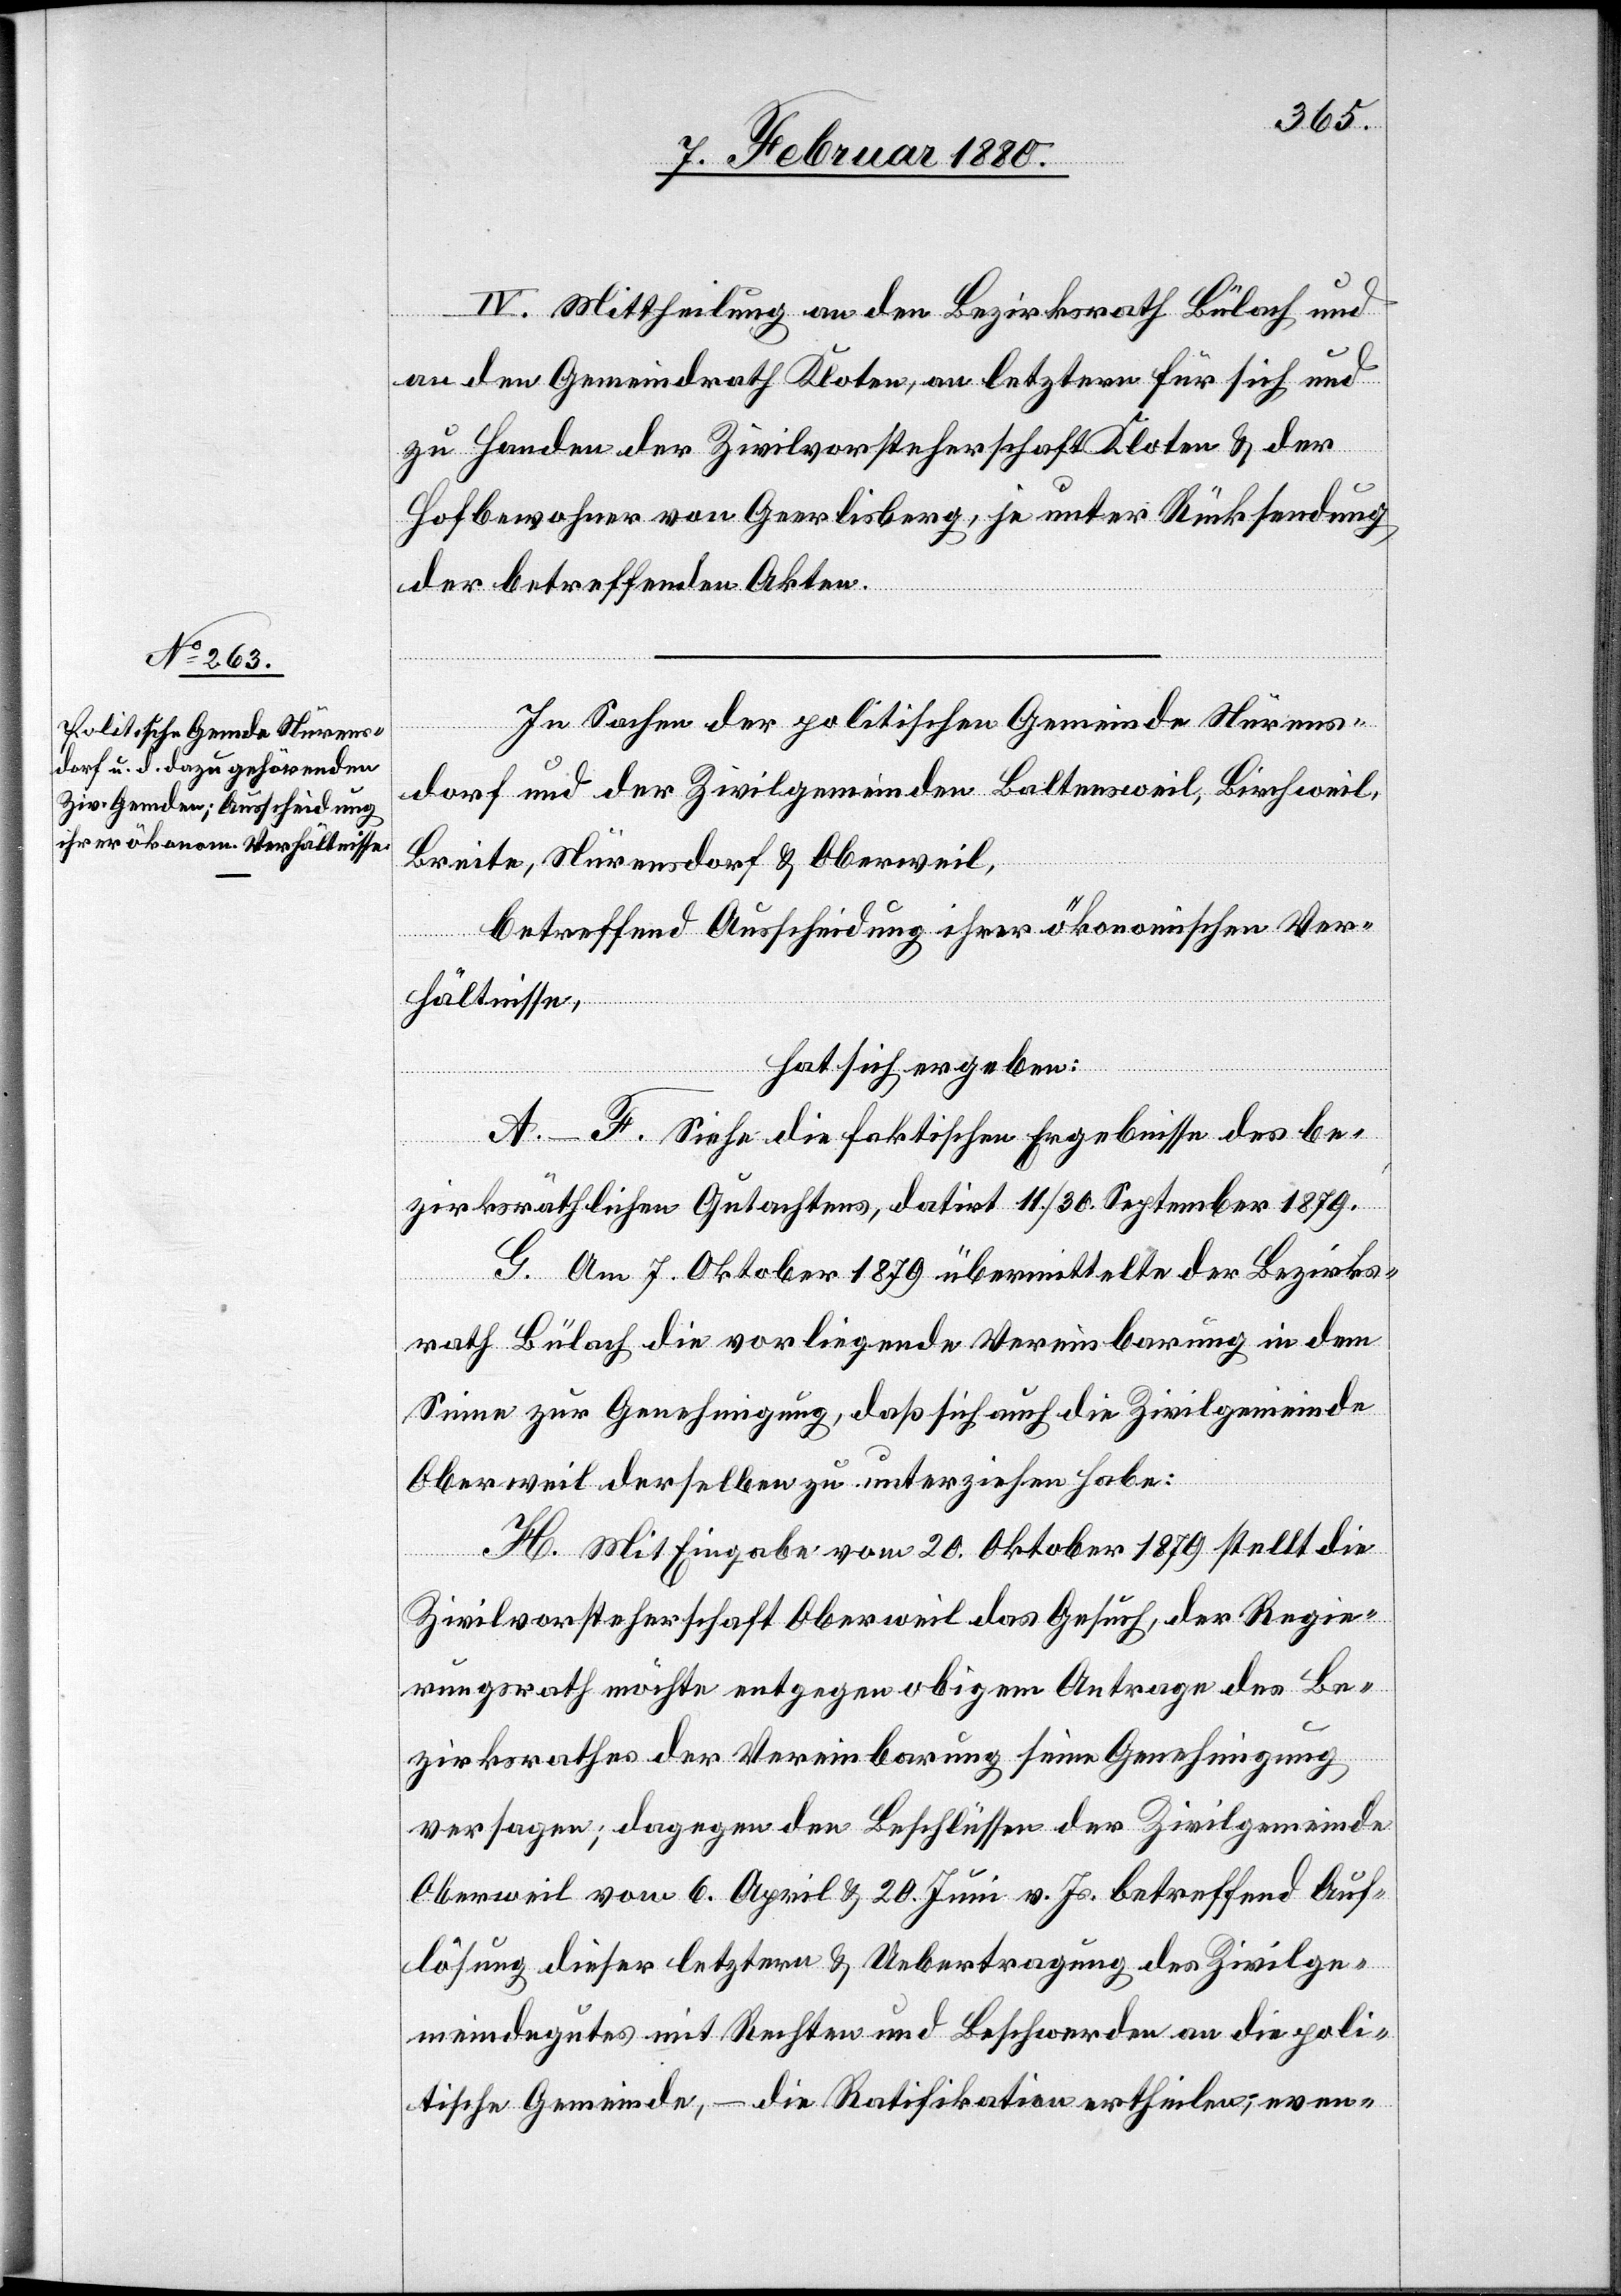
IV. Mittheilung an den Bezirksrath Bülach und
an den Gemeindrath Kloten, an letztern für sich und
zu Handen der Zivilvorsteherschaft Kloten & der
Hofbewohner von Geerlisberg, je unter Rücksendung
der betreffenden Akten.
In Sachen der politischen Gemeinde Nürens¬
dorf und der Zivilgemeinden Baltensweil, Birchweil,
Breite, Nürensdorf & Oberweil,
betreffend Ausscheidung ihrer ökonomischen Ver¬
hältnisse,
hat sich ergeben:
A.–F. Siehe die faktischen Ergebnisse des be¬
zirksräthlichen Gutachtens, datirt 11./30. September 1879.
G. Am 7. Oktober 1879 übermittelte der Bezirks¬
rath Bülach die vorliegende Vereinbarung in dem
Sinne zur Genehmigung, daß sich auch die Zivilgemeinde
Oberweil derselben zu unterziehen habe:
H. Mit Eingabe vom 20. Oktober 1879 stellt die
Zivilvorsteherschaft Oberweil das Gesuch, der Regie¬
rungsrath möchte entgegen obigem Antrage des Be¬
zirksrathes der Vereinbarung seine Genehmigung
versagen; dagegen den Beschlüssen der Zivilgemeinde
Oberweil vom 6. April & 20. Juni v. Js. betreffend Auf¬
lösung dieser letztern & Uebertragung des Zivilge¬
meindegutes mit Rechten und Beschwerden an die poli¬
tische Gemeinde, – die Ratifikation ertheilen; even-